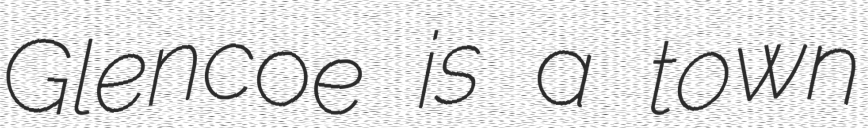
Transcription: Glencoe is a town